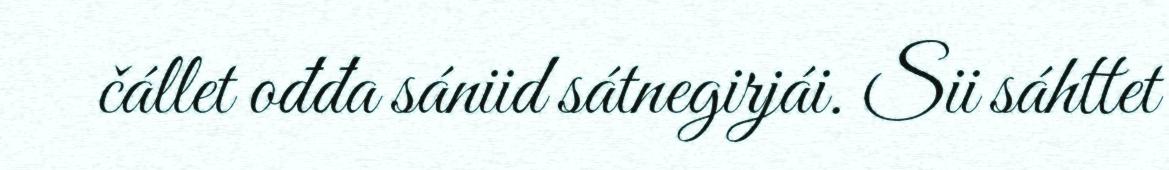
čállet ođđa sániid sátnegirjái. Sii sáhttet